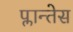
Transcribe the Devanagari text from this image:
प्लान्तेस